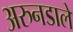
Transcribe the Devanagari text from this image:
अरुनडाले